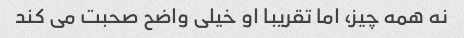
نه همه چیز، اما تقریبا او خیلی واضح صحبت می کند